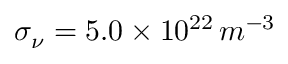
\sigma _ { \nu } = 5 . 0 \times 1 0 ^ { 2 2 } \, m ^ { - 3 }